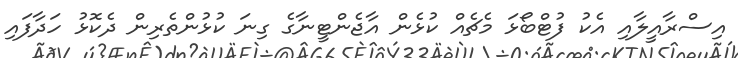
އިސްރާއީލާއި އެކު ފުޓްބޯޅަ މެޗެއް ކުޅެން އާޖެންޓީނާގެ ގިނަ ކުޅުންތެރިން ދެކޮޅު ހަދާފައި